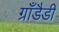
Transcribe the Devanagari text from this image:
ग्राँडैडी